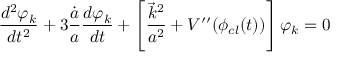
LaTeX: \frac { d ^ { 2 } \varphi _ { k } } { d t ^ { 2 } } + 3 \frac { \dot { a } } { a } \frac { d \varphi _ { k } } { d t } + \left[ \frac { \vec { k } ^ { 2 } } { a ^ { 2 } } + V ^ { \prime \prime } ( \phi _ { c l } ( t ) ) \right] \varphi _ { k } = 0